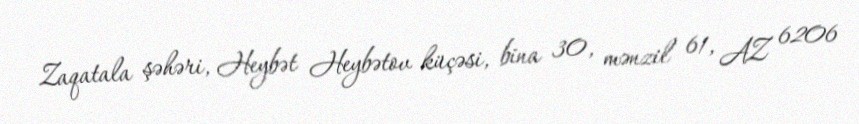
Zaqatala şəhəri, Heybət Heybətov küçəsi, bina 30, mənzil 61, AZ 6206